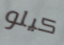
كيلو